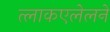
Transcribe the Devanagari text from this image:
त्लाकएलेलने